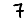
Digit: 7